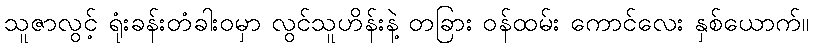
သူဇာလွင့် ရုံးခန်းတံခါးဝမှာ လွင်သူဟိန်းနဲ့ တခြား ဝန်ထမ်း ကောင်လေး နှစ်ယောက်။